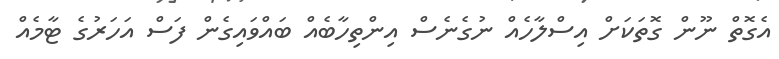
އެގޮތް ނޫން ގޮތަކަށް އިސްލާހެއް ނުގެނެސް އިންތިހާބެއް ބައްވައިގެން ފަސް އަހަރުގެ ޓާމެއް